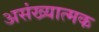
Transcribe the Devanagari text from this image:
असंख्यात्मक